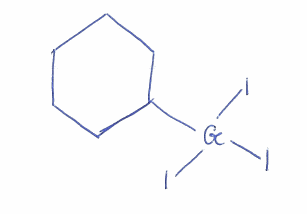
Simplified molecular-input line-entry system (SMILES) notation of the given molecule:
C1CCC(CC1)[Ge](I)(I)I